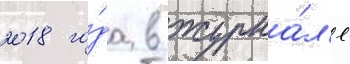
2018 го́да в журна́л'е